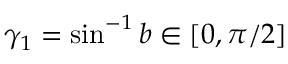
\gamma _ { 1 } = \sin ^ { - 1 } b \in [ 0 , \pi / 2 ]